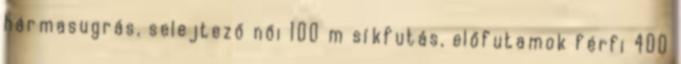
hármasugrás, selejtező női 100 m síkfutás, előfutamok férfi 400